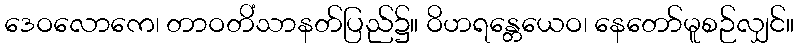
ဒေဝလောကေ၊ တာဝတိံသာနတ်ပြည်၌။ ဝိဟရန္တေယေဝ၊ နေတော်မူစဉ်လျှင်။